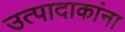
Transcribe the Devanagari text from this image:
उत्पादाकांना